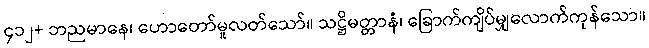
၄၁၂+ ဘညမာနေ၊ ဟောတော်မူလတ်သော်။ သဋ္ဌိမတ္တာနံ၊ ခြောက်ကျိပ်မျှလောက်ကုန်သော။